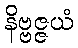
နိဗ္ဗဇ္ဇယံ